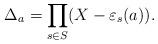
LaTeX: \begin{align*}\Delta_a = \prod_{s\in S}(X - \varepsilon_s(a)).\end{align*}